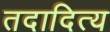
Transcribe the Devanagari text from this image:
तदादित्य